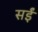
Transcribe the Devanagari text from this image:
सईं